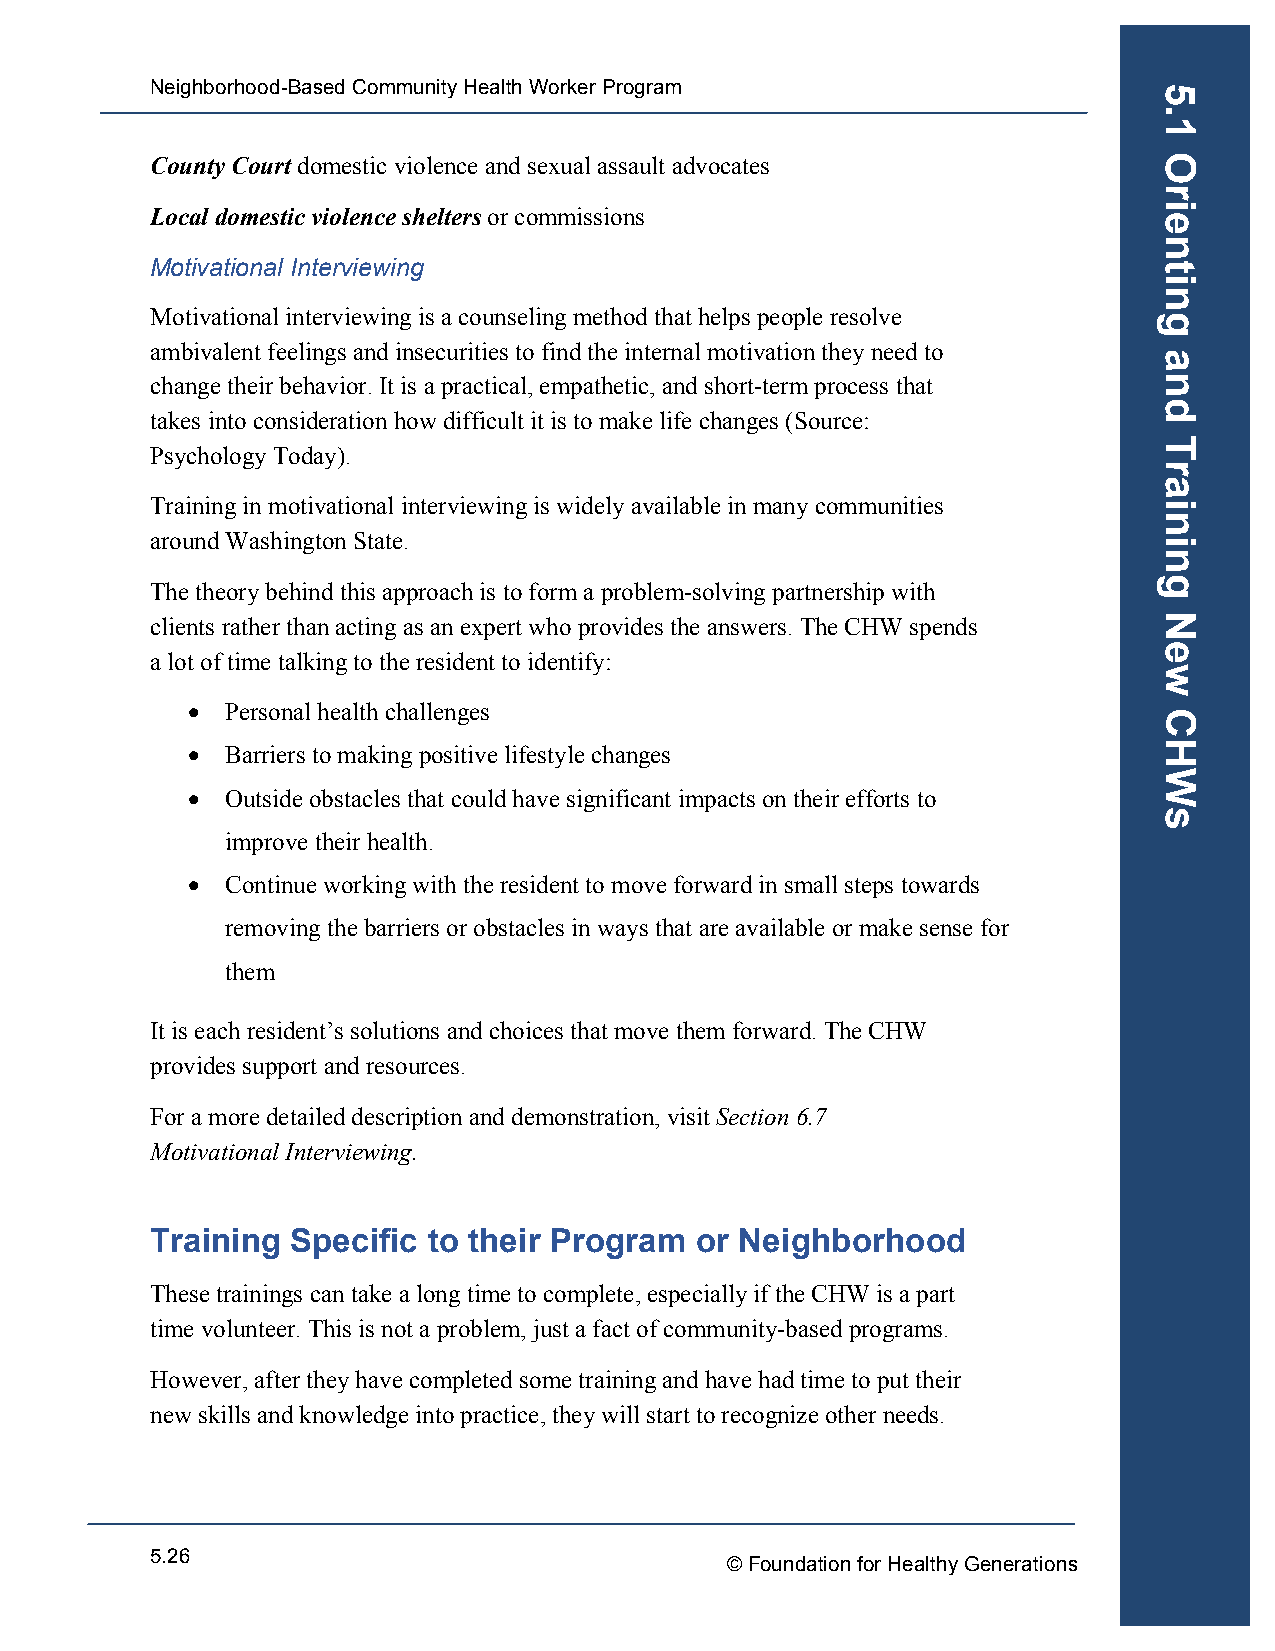
Neighborhood-Based Community Health Worker Program
 County Court domestic violence and sexual assault advocates
 Local domestic violence shelters or commissions
 Motivational Interviewing
 Motivational interviewing is a counseling method that helps people resolve
 ambivalent feelings and insecurities to find the internal motivation they need to
 change their behavior. It is a practical, empathetic, and short-term process that
 takes into consideration how difficult it is to make life changes (Source:
 Psychology Today).
 Training in motivational interviewing is widely available in many communities
 around Washington State.
 The theory behind this approach is to form a problem-solving partnership with
 clients rather than acting as an expert who provides the answers. The CHW spends
 a lot of time talking to the resident to identify:
 •  Personal health challenges
 •  Barriers to making positive lifestyle changes
 •  Outside obstacles that could have significant impacts on their efforts to
 improve their health.
 •  Continue working with the resident to move forward in small steps towards
 removing the barriers or obstacles in ways that are available or make sense for
 them
 It is each resident’s solutions and choices that move them forward. The CHW
 provides support and resources.
 For a more detailed description and demonstration, visit Section 6.7
 Motivational Interviewing.
 Training Specific to their Program  or Neighborhood
 These trainings can take a long time to complete, especially if the CHW is a part
 time volunteer. This is not a problem, just a fact of community-based programs.
 However, after they have completed some training and have had time to put their
 new skills and knowledge into practice, they will start to recognize other needs.
 5.26
 © Foundation for Healthy Generations
 5.1
 Orienting
 and
 Training
 New
 CHWs